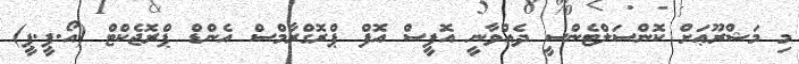
މި މަޝްރޫޢަށް ކޮންސަލްޓެންސީ ދެއްވާނީ އޮފީސް އޮފް ޕްރޮގްރާމްސް އެންޑް ޕްރޮޖެކްޓް (އޯ.ޕީ.ޕީ)